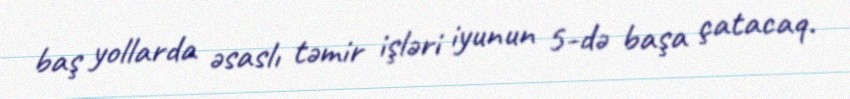
baş yollarda əsaslı təmir işləri iyunun 5-də başa çatacaq.